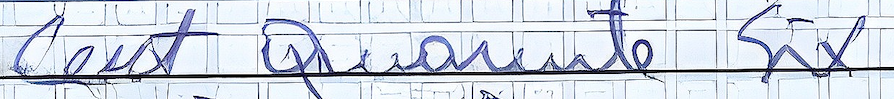
Cent Quarante Six